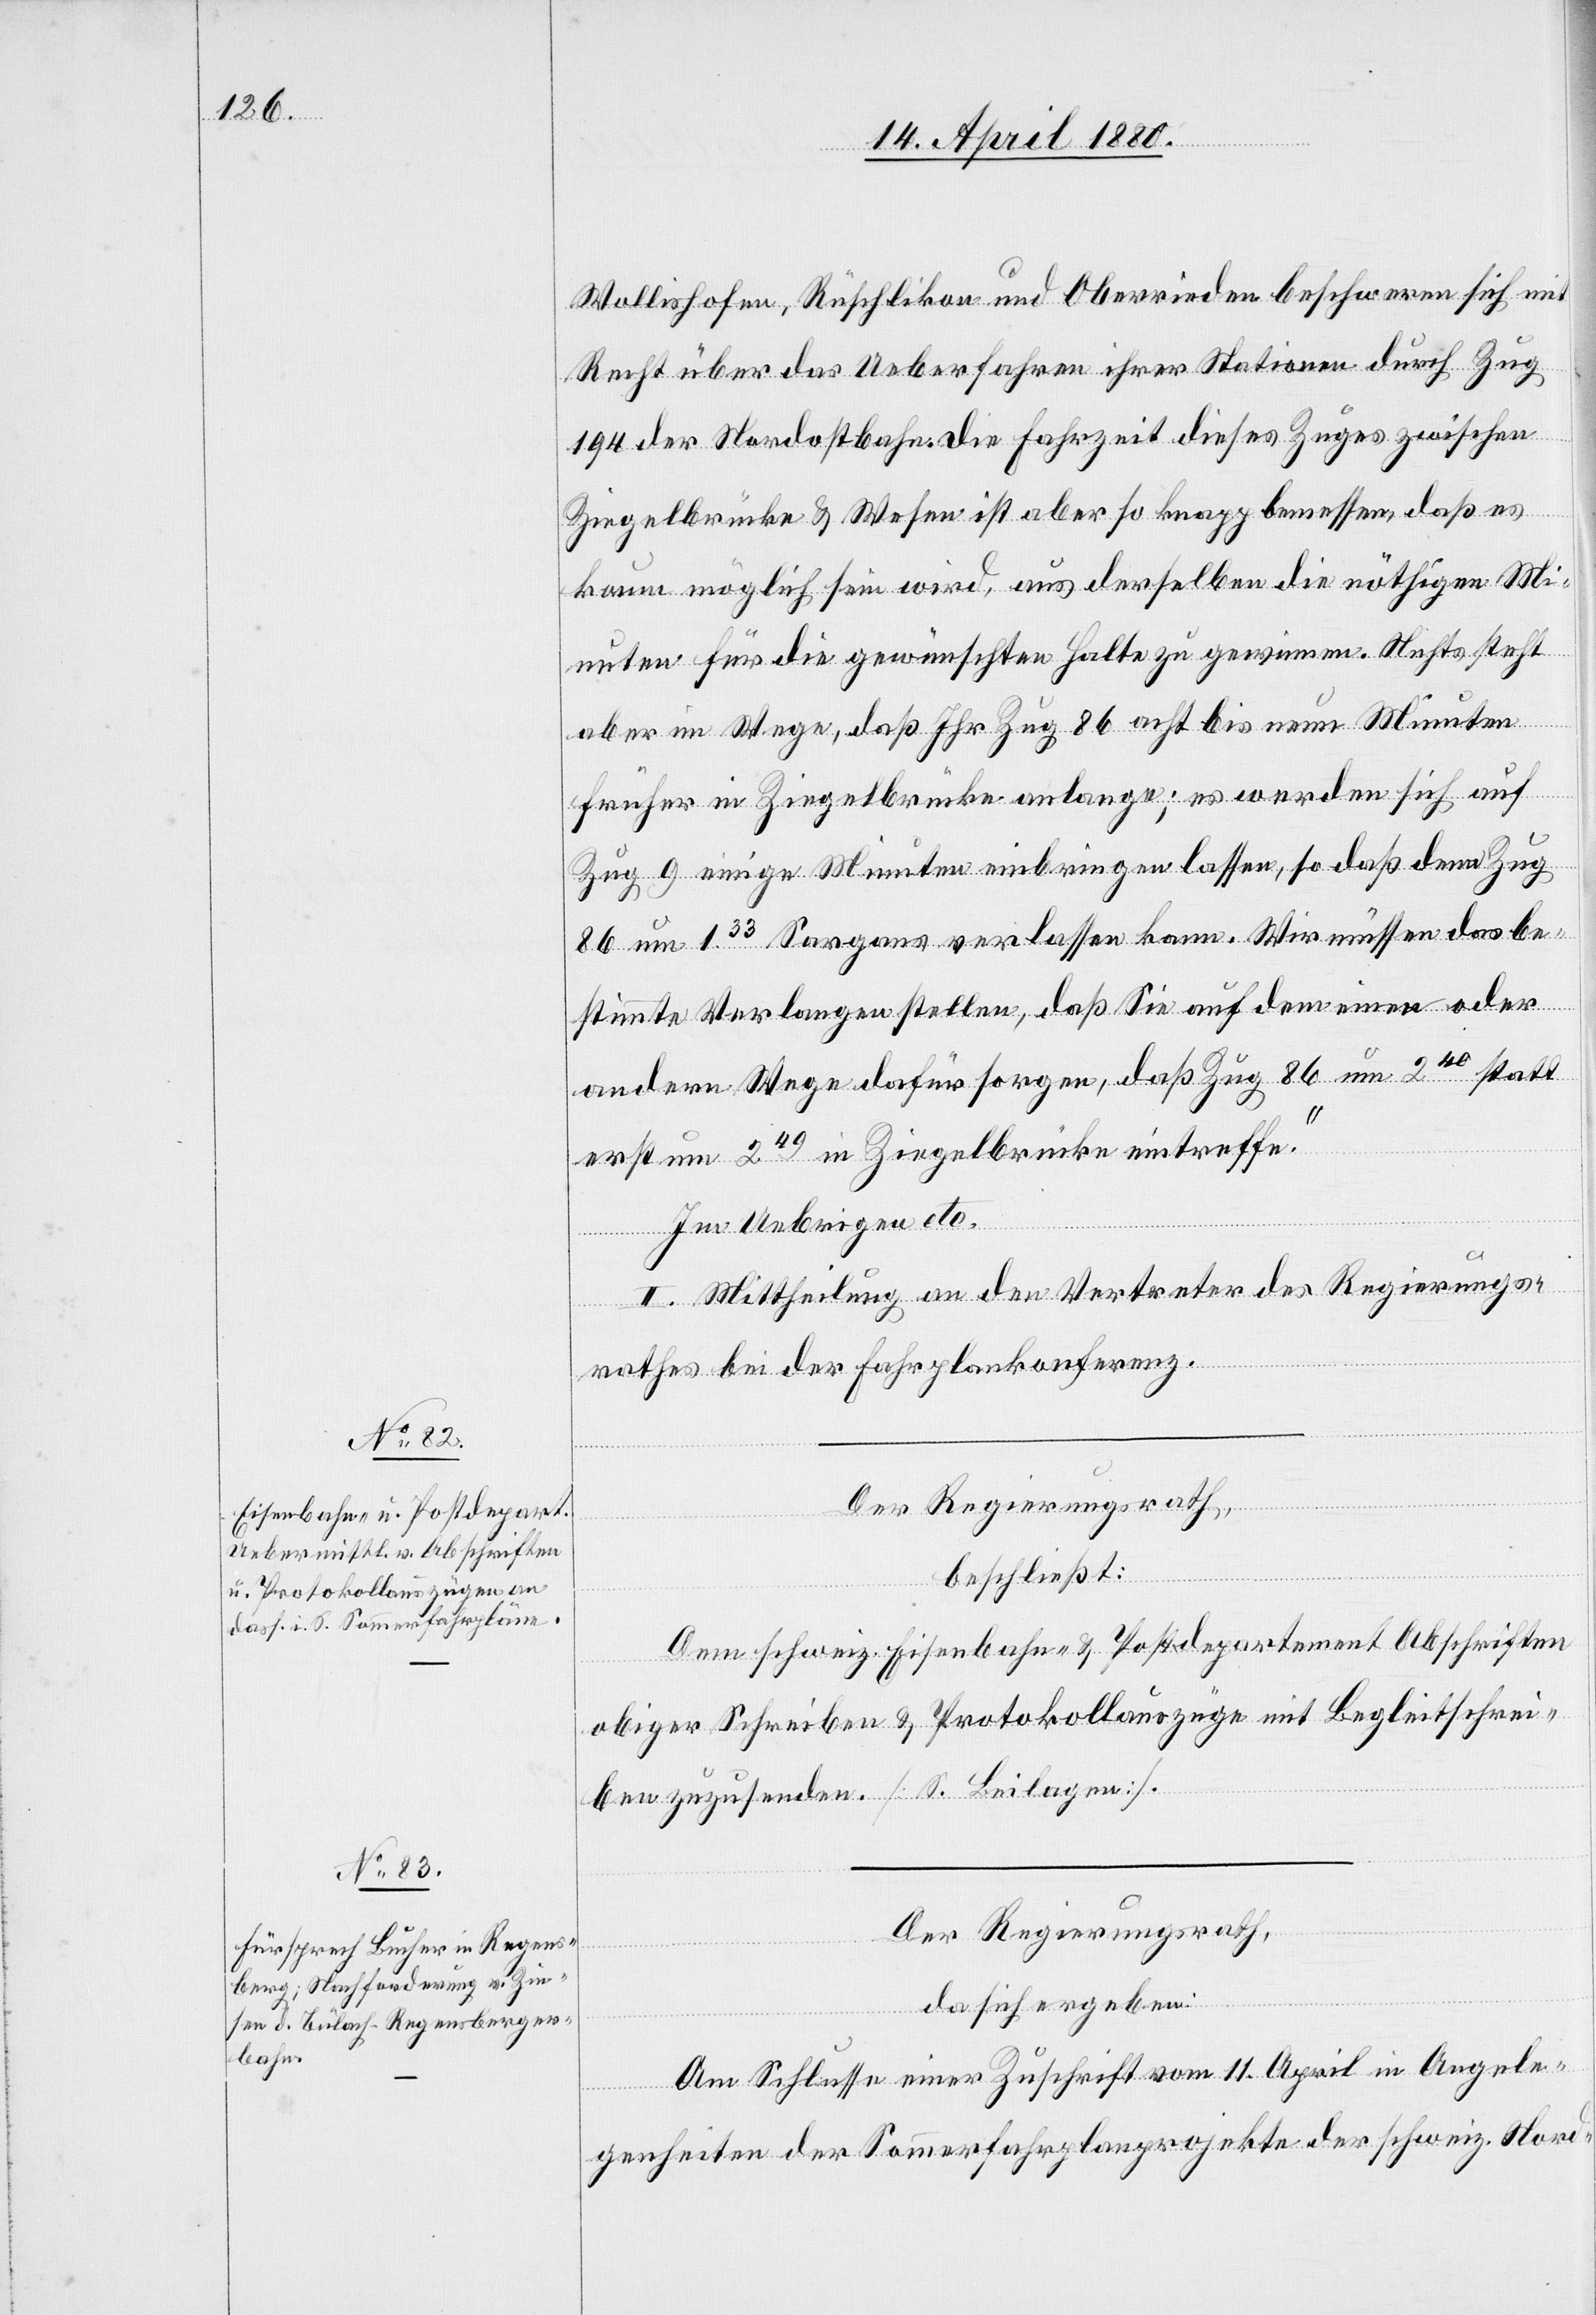
Wollishofen, Rüschlikon und Oberrieden beschweren sich mit
Recht über das Ueberfahren ihrer Stationen durch Zug
194 der Nordostbahn. Die Fahrzeit dieses Zuges zwischen
Ziegelbrücke & Wesen ist aber so knapp bemessen, daß es
kaum möglich sein wird, aus derselben die nöthigen Mi¬
nuten für die gewünschten Halte zu gewinnen. Nichts steht
aber im Wege, daß Ihr Zug 86 acht bis neun Minuten
früher in Ziegelbrücke anlange; es werden sich auf
Zug 9 einige Minuten einbringen lassen, so daß denn Zug
86 um 133 Sargans verlassen kann. Wir müssen das be¬
stimmte Verlangen stellen, daß Sie auf dem einen oder
andern Wege dafür sorgen, daß Zug 86 um 240 statt
erst um 249 in Ziegelbrücke eintreffe.
Im Uebrigen“ etc.
II. Mittheilung an den Vertreter des Regierungs¬
rathes bei der Fahrplankonferenz.
Der Regierungsrath,
da sich ergeben:
Am Schlusse einer Zuschrift vom 11. April in Angele¬
genheiten der Sommerfahrplanprojekte der schweiz. Nord-